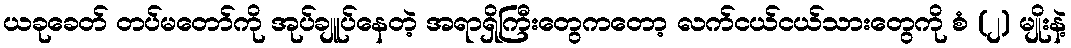
ယခုခေတ် တပ်မတော်ကို အုပ်ချူပ်နေတဲ့ အရာရှိကြီးတွေကတော့ လက်ငယ်ငယ်သားတွေကို စံ (၂) မျိုးနဲ့